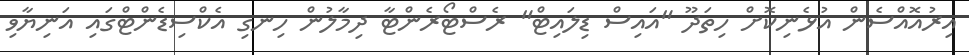
އިރުއޮއްސެން އުޅެނިކޮށް ހިތަދޫ "އައިސް ޑިލައިޓް" ރެސްޓޯރެންޓާ ދިމާލުން ހިނގި އެކްސިޑެންޓްގައި އަނިޔާވި